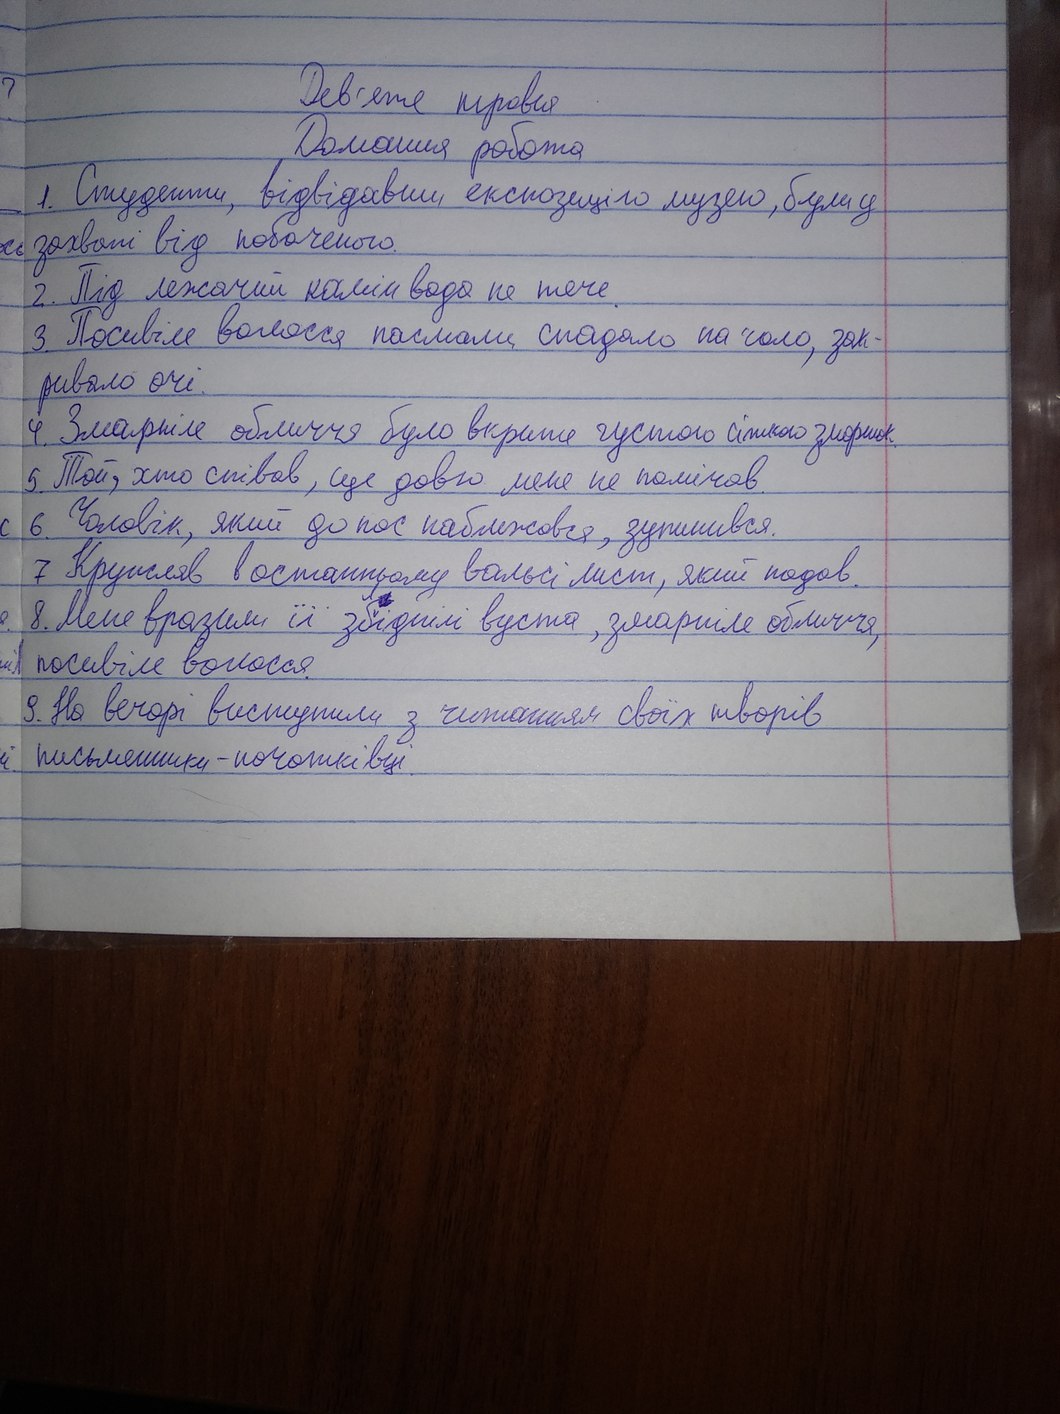
Дев'яте травня
Домашня робота
1. Студенти, відвідавши експозицію музею, були у
захваті від побаченого.
2. Під лежачий камінь вода не тече.
3. Посивіле волосся спадало на чоло, зак-
ривало очі.
4. Змарніле обличчя було вкрите густою сіткою зморшок.
5. Той, хто співав, ще довго мене не полишав.
6. Чоловік, який до нас наблизився, зупинився.
7. Кружляв в останньому вальсі лист, який падав.
8. Мене вразили її збіднілі вуста, змарніле обличчя,
посивіле волосся.
9. На вечорі виступили з читанням своїх творів
письменники-початківці.